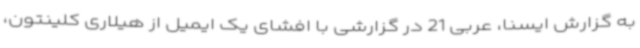
به گزارش ایسنا، عربی 21 در گزارشی با افشای یک ایمیل از هیلاری کلینتون،